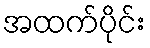
အထက်ပိုင်း